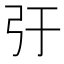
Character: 弙